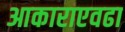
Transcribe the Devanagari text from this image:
आकाराएवढा